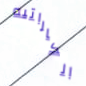
الكاراتيه